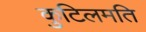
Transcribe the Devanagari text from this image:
कुटिलमति